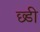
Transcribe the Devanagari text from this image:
छ्डी